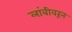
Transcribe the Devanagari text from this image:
लांबीवरून